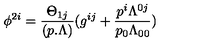
\phi ^ { 2 i } = { \frac { \Theta _ { 1 j } } { ( p . \Lambda ) } } ( g ^ { i j } + { \frac { p ^ { i } \Lambda ^ { 0 j } } { p _ { 0 } \Lambda _ { 0 0 } } } )